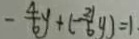
- \frac { 4 } { 6 } y + ( - \frac { 2 1 } { 6 } y ) = 1